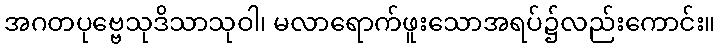
အဂတပုဗ္ဗေသုဒိသာသုဝါ၊ မလာရောက်ဖူးသောအရပ်၌လည်းကောင်း။